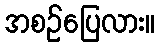
အစဉ်ပြေလား။